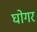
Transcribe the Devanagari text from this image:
घोगर